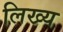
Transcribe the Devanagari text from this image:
लिख्य